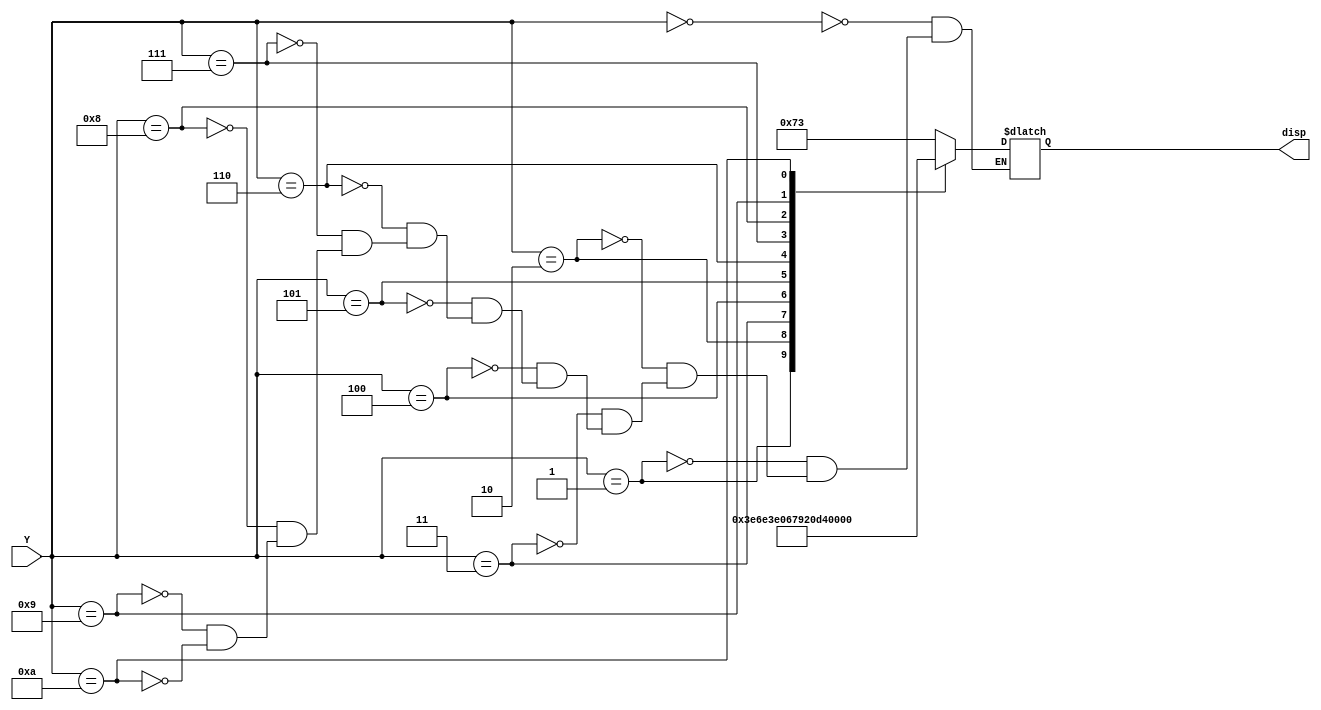
module BCD_7(
    input [3:0] Y, 
    output reg [6:0] disp
    );
    
    always @(Y)
    begin
        case (Y)
           
            0: disp = 7'b1110011; // bajar 
            1: disp = 7'b1111100; // bajar
            2: disp = 7'b1101110; // subir
            3: disp = 7'b0011111; // subir
            
            4: disp = 7'b0000001; // cero
            5: disp = 7'b1001111; // uno
            6: disp = 7'b0010010; // dos
            7: disp = 7'b0000110; // tres
            8: disp = 7'b1001100; // cuatro
            9: disp = 7'b0110000; // alarma
            10: disp =  7'b1111111; //OFF
            
            /*
            0: disp = 7'b0000001;
            1: disp = 7'b1001111;
            2: disp = 7'b0010010;
            3: disp = 7'b0000111;
            */
        endcase
    end
endmodule